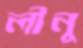
লীনু